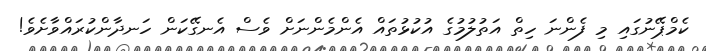
ކެމްޕޭނުގައި މި ފެންނަ ހިތް އަތުލުމުގެ އުކުޅުތައް އެންމެންނަށް ވެސް އެނގޭކަން ހަނދާންކުރައްވާށެވެ!